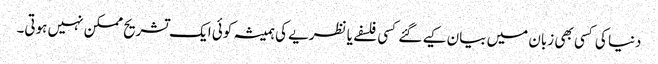
دنیا کی کسی بھی زبان میں بیان کیے گئے کسی فلسفے یا نظریے کی ہمیشہ کوئی ایک تشریح ممکن نہیں ہوتی۔